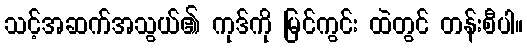
သင့်အဆက်အသွယ်၏ ကုဒ်ကို မြင်ကွင်း ထဲတွင် တန်းစီပါ။